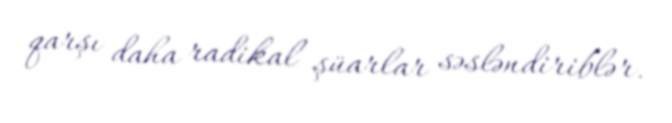
qarşı daha radikal şüarlar səsləndiriblər.